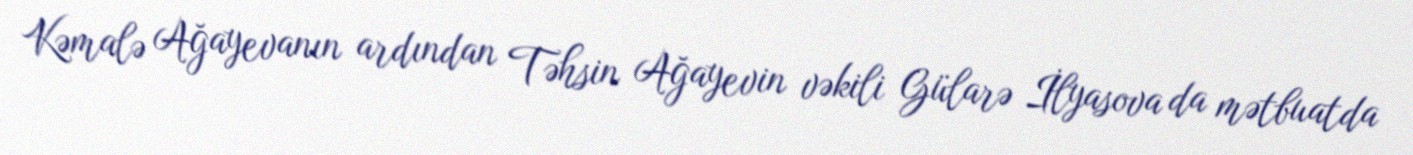
Kəmalə Ağayevanın ardından Təhsin Ağayevin vəkili Gülarə İlyasova da mətbuatda